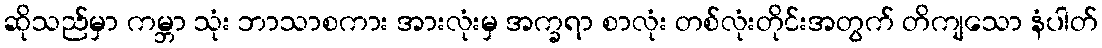
ဆိုသည်မှာ ကမ္ဘာ သုံး ဘာသာစကား အားလုံးမှ အက္ခရာ စာလုံး တစ်လုံးတိုင်းအတွက် တိကျသော နံပါတ်